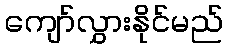
ကျော်လွှားနိုင်မည်